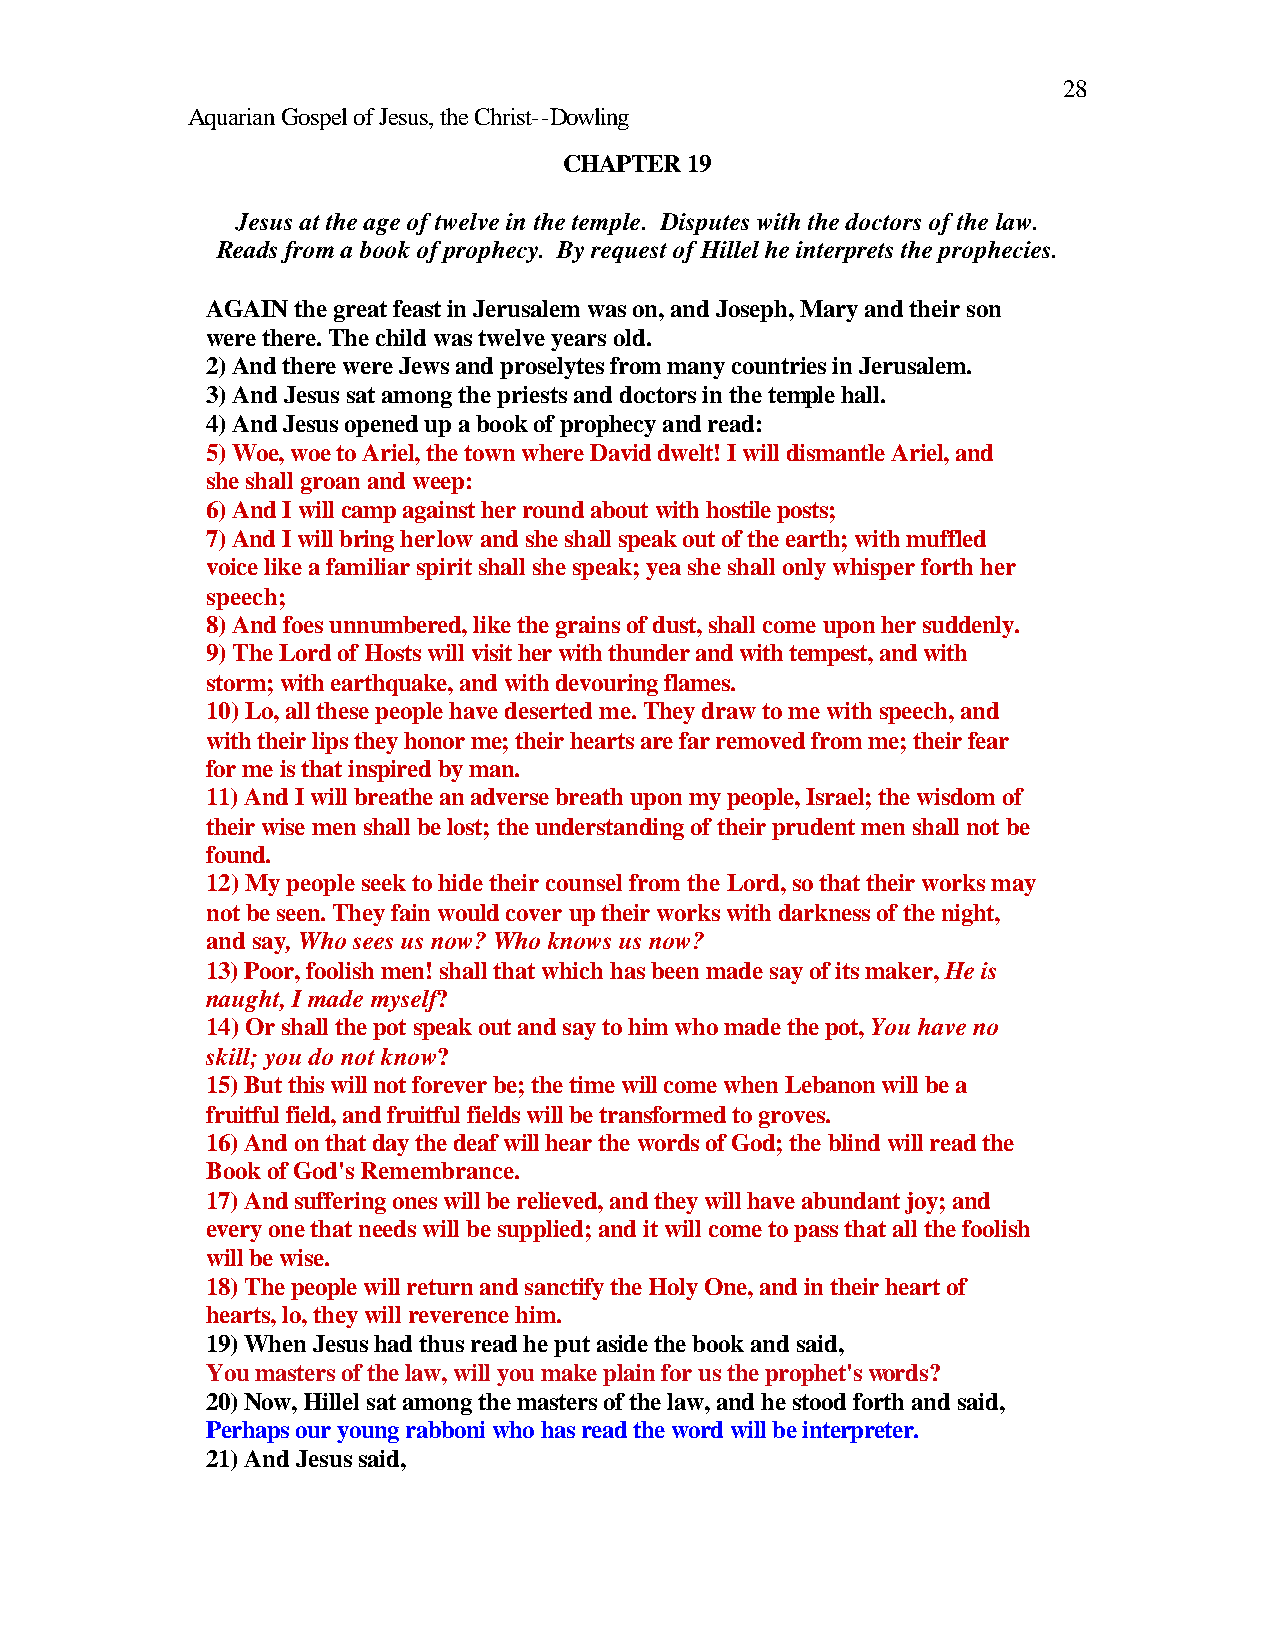
28
 Aquarian Gospel of Jesus, the Christ--Dowling
 CHAPTER 19
 Jesus at the age of twelve in the temple. Disputes with the doctors of the law.
 Reads from a book of prophecy. By request of Hillel he interprets the prophecies.
 AGAIN the great feast in Jerusalem was on, and Joseph, Mary and their son
 were there. The child was twelve years old.
 2) And there were Jews and proselytes from many countries in Jerusalem.
 3) And Jesus sat among the priests and doctors in the temple hall.
 4) And Jesus opened up a book of prophecy and read:
 5) Woe, woe to Ariel, the town where David dwelt! I will dismantle Ariel, and
 she shall groan and weep:
 6) And I will camp against her round about with hostile posts;
 7) And I will bring her low and she shall speak out of the earth; with muffled
 voice like a familiar spirit shall she speak; yea she shall only whisper forth her
 speech;
 8) And foes unnumbered, like the grains of dust, shall come upon her suddenly.
 9) The Lord of Hosts will visit her with thunder and with tempest, and with
 storm; with earthquake, and with devouring flames.
 10) Lo, all these people have deserted me. They draw to me with speech, and
 with their lips they honor me; their hearts are far removed from me; their fear
 for me is that inspired by man.
 11) And I will breathe an adverse breath upon my people, Israel; the wisdom of
 their wise men shall be lost; the understanding of their prudent men shall not be
 found.
 12) My people seek to hide their counsel from the Lord, so that their works may
 not be seen. They fain would cover up their works with darkness of the night,
 and say, Who sees us now? Who knows us now?
 13) Poor, foolish men! shall that which has been made say of its maker, He is
 naught, I made myself?
 14) Or shall the pot speak out and say to him who made the pot, You have no
 skill; you do not know?
 15) But this will not forever be; the time will come when Lebanon will be a
 fruitful field, and fruitful fields will be transformed to groves.
 16) And on that day the deaf will hear the words of God; the blind will read the
 Book of God's Remembrance.
 17) And suffering ones will be relieved, and they will have abundant joy; and
 every one that needs will be supplied; and it will come to pass that all the foolish
 will be wise.
 18) The people will return and sanctify the Holy One, and in their heart of
 hearts, lo, they will reverence him.
 19) When Jesus had thus read he put aside the book and said,
 You masters of the law, will you make plain for us the prophet's words?
 20) Now, Hillel sat among the masters of the law, and he stood forth and said,
 Perhaps our young rabboni who has read the word will be interpreter.
 21) And Jesus said,